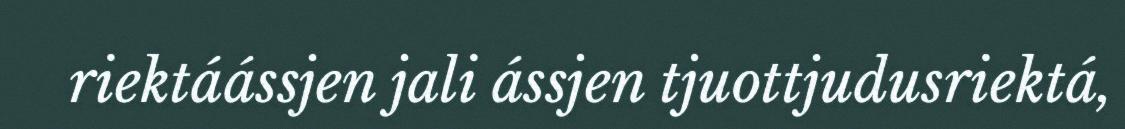
riektáássjen jali ássjen tjuottjudusriektá,